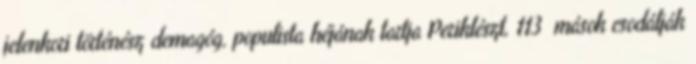
jelenkori történész demagóg, populista héjának tartja Periklészt, 113 mások csodálják